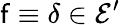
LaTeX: \mathsf{f}\equiv\delta\in{\mathcal{{E}}}^{\prime}